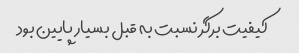
کیفیت برگر نسبت به قبل بسیار پایین بود